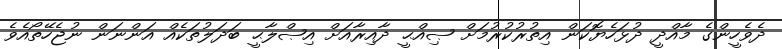
ދެވެހީންގެ މާއްދީ ދުޅަހެޔޮކަން އިތުރުކުރުމަށް ޞިއްޙީ ދާއިރާއަށް އިޞްލާޙީ ބަދަލުތަކެއް އަންނަން ނުޖެހޭތޯއެވެ